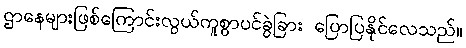
ဌာနေများဖြစ်ကြောင်းလွယ်ကူစွာပင်ခွဲခြား ပြောပြနိုင်လေသည်။